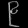
Digit: ၉